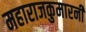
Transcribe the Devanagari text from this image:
महाराजकुमारनी